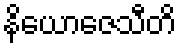
နိယောဇေသီတိ